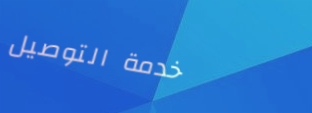
خدمة التوصيل